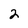
Character: 2